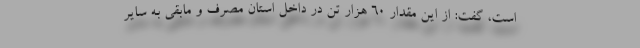
است، گفت: از این مقدار ۶۰ هزار تن در داخل استان مصرف و مابقی به سایر